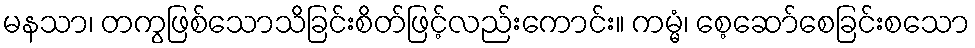
မနသာ၊ တကွဖြစ်သောသိခြင်းစိတ်ဖြင့်လည်းကောင်း။ ကမ္မံ၊ စေ့ဆော်စေခြင်းစသော